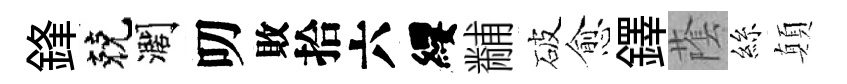
鋒兢濶叨敗拾六纓黼破愈鐸䕃絲顛